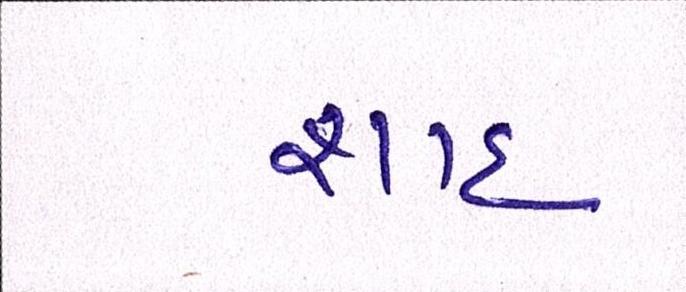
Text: શાહઃ